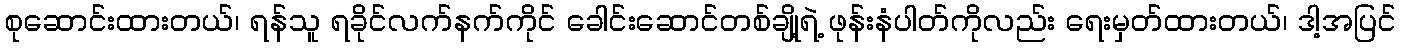
စုဆောင်းထားတယ်၊ ရန်သူ ရခိုင်လက်နက်ကိုင် ခေါင်းဆောင်တစ်ချို့ရဲ့ ဖုန်းနံပါတ်ကိုလည်း ရေးမှတ်ထားတယ်၊ ဒါ့အပြင်